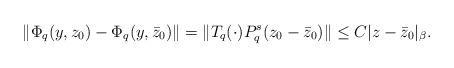
LaTeX: \begin{align*} \|\Phi_q(y,z_0)-\Phi_q(y,\bar{z}_0)\|=\| T_q(\cdot)P_q^s(z_0-\bar{z}_0) \|\leq C|z-\bar{z}_0|_{\beta}.\end{align*}